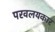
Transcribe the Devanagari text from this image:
परवलयकार